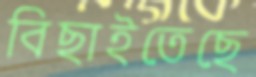
বিছাইতেছে